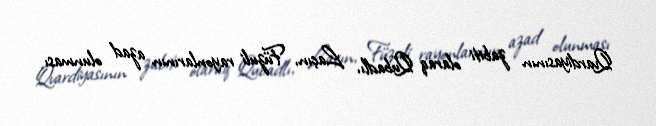
Qvardiyasının zabiti olaraq Qubadlı, Laçın, Füzuli rayonlarının azad olunması